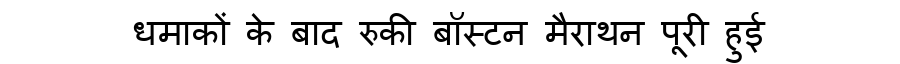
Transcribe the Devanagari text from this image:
धमाकों के बाद रुकी बॉस्टन मैराथन पूरी हुई